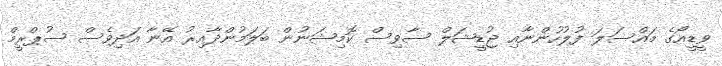
ވީޑީއޯގެ މައްސަލަ ފުލުހުންނާއި ޖުޑީޝަލް ސާވިސް ކޮމިޝަނުން ބަލަމުންދާއިރު އޭނާ އަދިވެސް ސުޕްރީމް